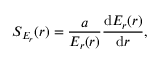
S _ { E _ { r } } ( r ) = \frac { a } { E _ { r } ( r ) } \frac { \mathrm { d } E _ { r } ( r ) } { \mathrm { d } r } ,